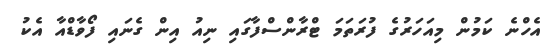
އެހްނެ ކަމުން މިއަހަރުގެ ފުރަތަމަ ޓްރާންސްފާގައި ނިއު އިން ގެނައި ފޯވާޑްއާ އެކު